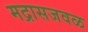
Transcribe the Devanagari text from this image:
मद्रासजवळ